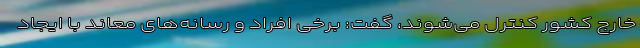
خارج کشور کنترل می‌شوند، گفت: برخی افراد و رسانه‌های معاند با ایجاد